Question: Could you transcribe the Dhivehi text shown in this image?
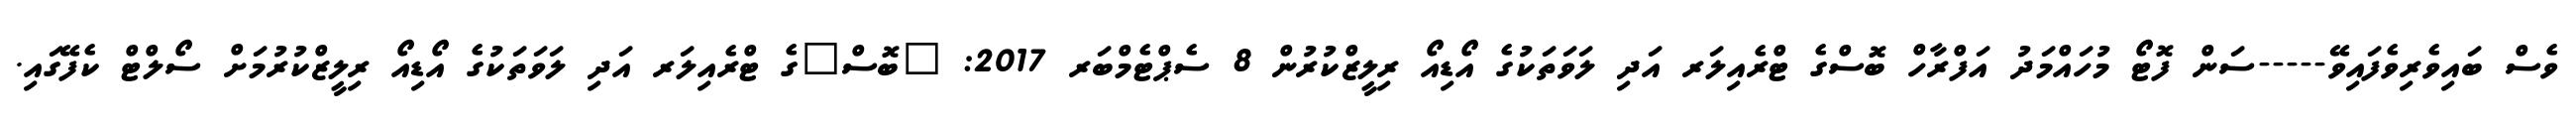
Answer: ވެސް ބައިވެރިވެފައިވޭ-----ސަން ފޮޓޯ މުހައްމަދު އަފްރާހް ބޮސްގެ ޓްރެއިލަރ އަދި ލަވަތަކުގެ އޯޑިއޯ ރިލީޒްކުރުން 8 ސެޕްޓެމްބަރ 2017: "ބޮސް"ގެ ޓްރެއިލަރ އަދި ލަވަތަކުގެ އޯޑިއޯ ރިލީޒްކުރުމަށް ސޯލްޓް ކެފޭގައި.